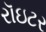
રૉઇટર